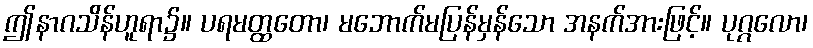
ဤနာဂသိန်ဟူရာ၌။ ပရမတ္ထတော၊ မဘောက်မပြန်မှန်သော အနက်အားဖြင့်။ ပုဂ္ဂလော၊